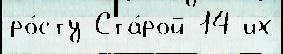
ро́сту Ста́рой 14 их